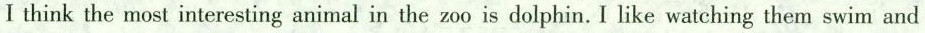
Ithink the most interesting animal in the zoo is dolphin. I like watching them swim and